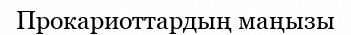
Прокариоттардың маңызы